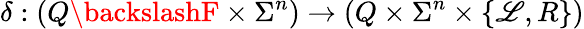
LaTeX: \delta:\left(Q\backslashF\times\Sigma^{n}\right)\rightarrow\left(Q\times\Sigma^{n}\times\{ \mathscr{L},R\} \right)